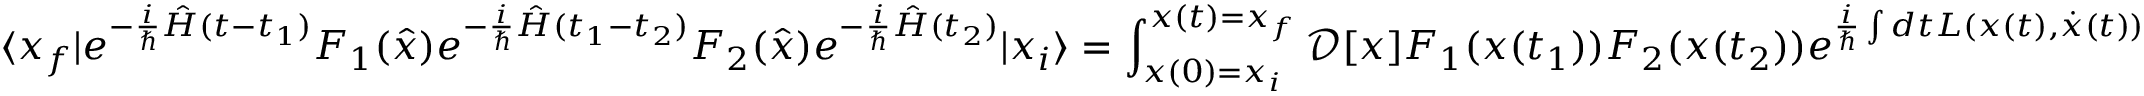
\langle x _ { f } | e ^ { - { \frac { i } { \hbar } } { \hat { H } } ( t - t _ { 1 } ) } F _ { 1 } ( { \hat { x } } ) e ^ { - { \frac { i } { \hbar } } { \hat { H } } ( t _ { 1 } - t _ { 2 } ) } F _ { 2 } ( { \hat { x } } ) e ^ { - { \frac { i } { \hbar } } { \hat { H } } ( t _ { 2 } ) } | x _ { i } \rangle = \int _ { x ( 0 ) = x _ { i } } ^ { x ( t ) = x _ { f } } { \mathcal { D } } [ x ] F _ { 1 } ( x ( t _ { 1 } ) ) F _ { 2 } ( x ( t _ { 2 } ) ) e ^ { { \frac { i } { \hbar } } \int d t L ( x ( t ) , { \dot { x } } ( t ) ) }